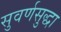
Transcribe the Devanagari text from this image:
सुवर्णसुद्धा